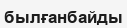
былғанбайды